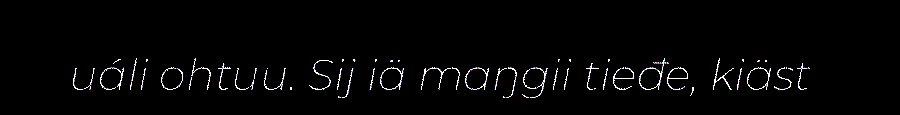
uáli ohtuu. Sij iä maŋgii tieđe, kiäst